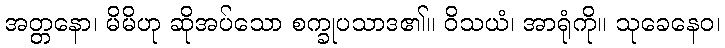
အတ္တနော၊ မိမိဟု ဆိုအပ်သော စက္ခုပသာဒ၏။ ဝိသယံ၊ အာရုံကို။ သုခေနေဝ၊